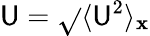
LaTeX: \mathsf{U}=\sqrt{}{{\langle{\mathbf{\mathsf{U}}}^{2}\rangle_{\mathbf{x}}}}